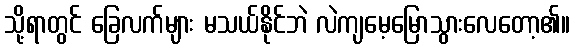
သို့ရာတွင် ခြေလက်များ မသယ်နိုင်ဘဲ လဲကျမေ့မြောသွားလေတော့၏။